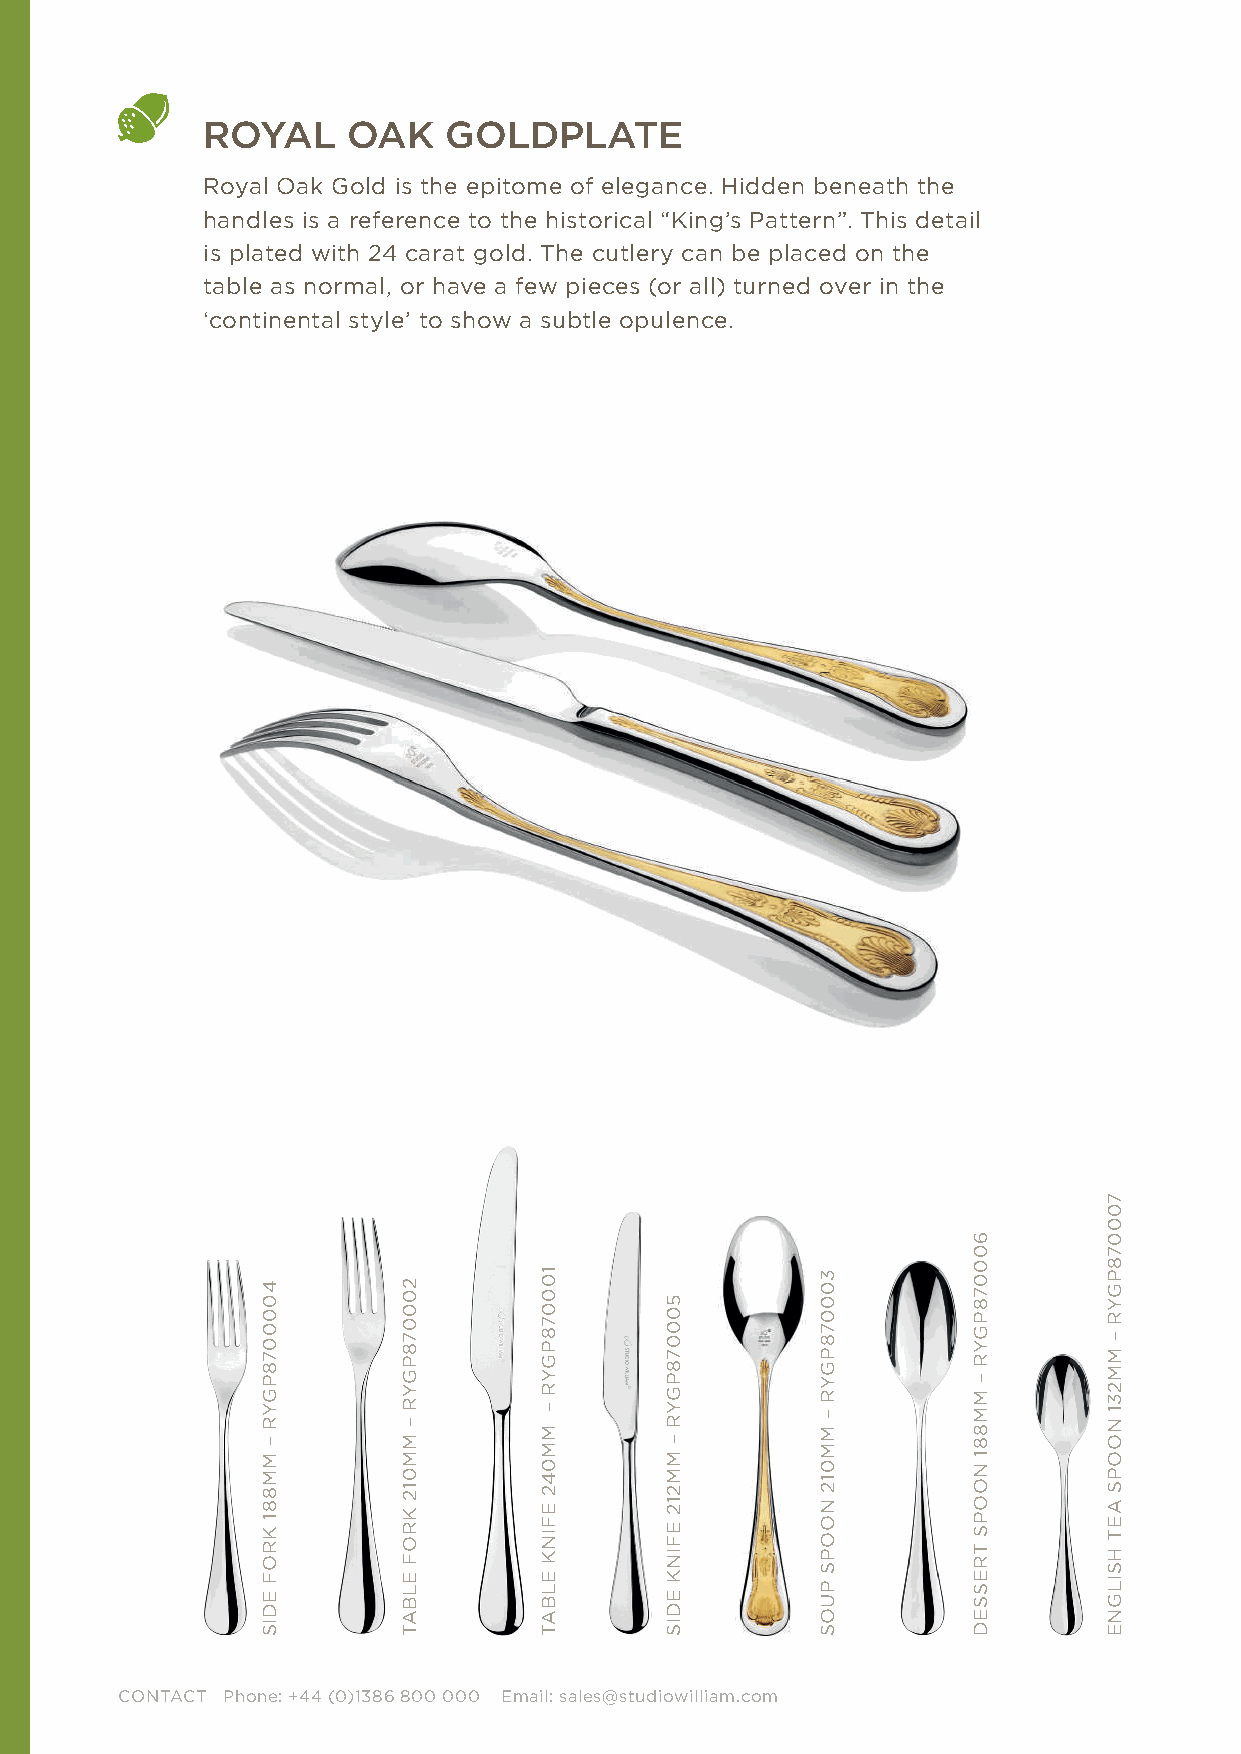
ROYAL     OAK   GOLDPLATE
 Royal Oak Gold is the epitome of elegance. Hidden beneath the
 handles is a reference to the historical “King’s Pattern”. This detail
 is plated with 24 carat gold. The cutlery can be placed on the
 table as normal, or have a few pieces (or all) turned over in the
 ‘continental style’ to show a subtle opulence.
 CONTACT Phone: +44 (0)1386 800 000 Email: sales@studiowilliam.com
 4000078PGYR
 –
 MM881
 KROF
 EDIS
 200078PGYR
 –
 MM012
 KROF
 ELBAT
 100078PGYR
 –
 MM042
 EFINK
 ELBAT
 500078PGYR
 –
 MM212
 EFINK
 EDIS
 300078PGYR
 –
 MM012
 NOOPS
 PUOS
 600078PGYR
 –
 MM881
 NOOPS
 TRESSED
 700078PGYR
 –
 MM231
 NOOPS
 AET
 HSILGNE